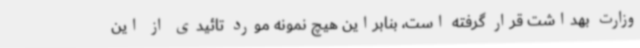
وزارت بهداشت قرار گرفته است، بنابراین هیچ نمونه مورد تائیدی از این